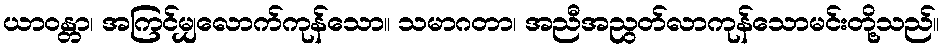
ယာဝန္တာ၊ အကြင်မျှလောက်ကုန်သော။ သမာဂတာ၊ အညီအညွတ်လာကုန်သောမင်းတို့သည်။